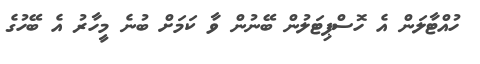
ހުއްޓާލަން އެ ހޮސްޕިޓަލުން ބޭނުން ވާ ކަމަށް ބުނެ މީހާރު އެ ބޭހުގެ